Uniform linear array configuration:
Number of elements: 64
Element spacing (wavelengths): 0.5
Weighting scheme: kaiser
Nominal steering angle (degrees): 0
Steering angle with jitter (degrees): -1.456
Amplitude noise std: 0.05
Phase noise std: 0.05

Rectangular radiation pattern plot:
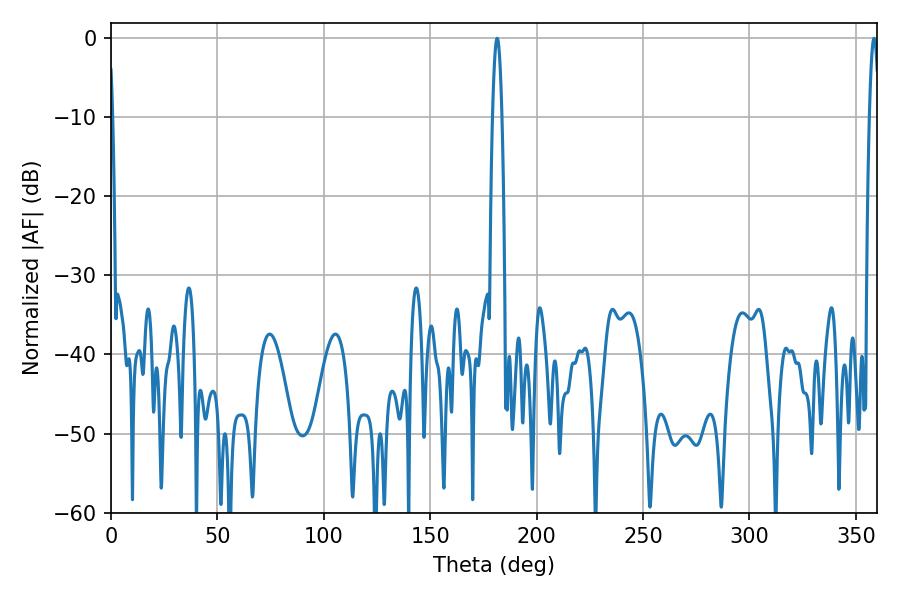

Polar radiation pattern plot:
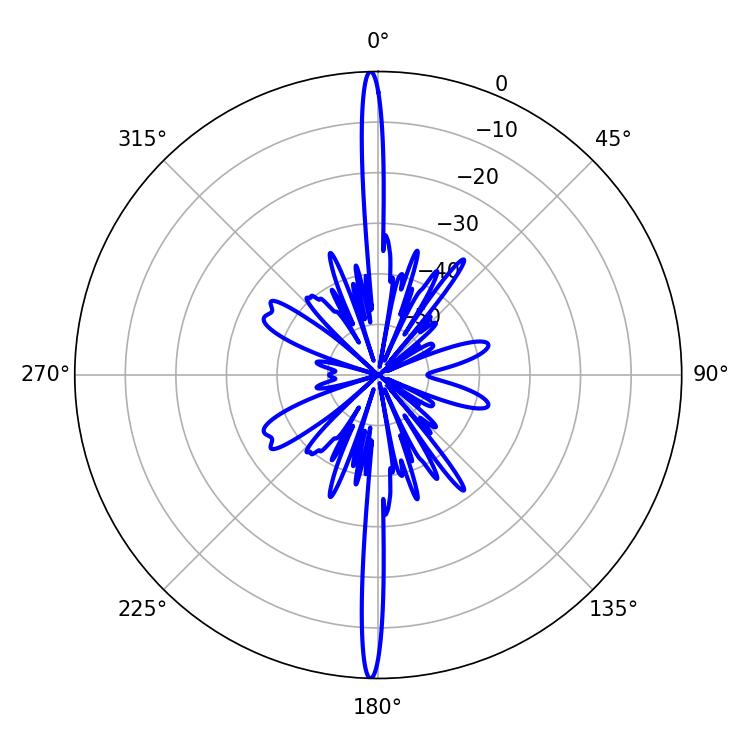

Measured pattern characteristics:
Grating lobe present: FALSE
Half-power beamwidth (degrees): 2.34
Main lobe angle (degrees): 181.44